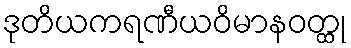
ဒုတိယကရဏီယဝိမာနဝတ္ထု